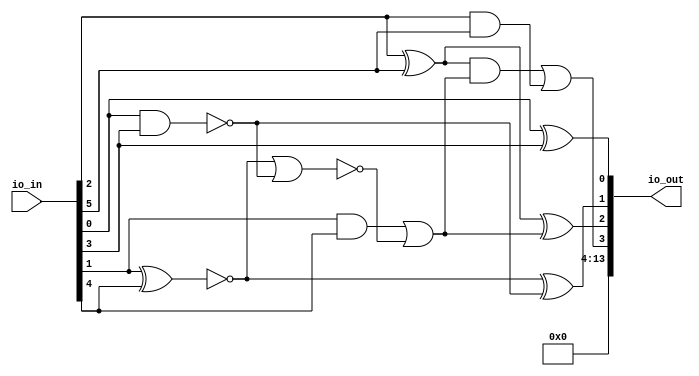
/* Generated by Yosys 0.25+83 (git sha1 755b753e1, aarch64-apple-darwin20.2-clang 10.0.0-4ubuntu1 -fPIC -Os) */

/* top =  1  */
/* src = "d33_mgee3_adder/src/wrapper.v:2.9-12.18" */
module d33_mgee3_adder(io_in, io_out);
  wire _00_;
  wire _01_;
  wire _02_;
  wire _03_;
  wire _04_;
  wire _05_;
  wire _06_;
  wire _07_;
  /* src = "d33_mgee3_adder/src/wrapper.v:3.26-3.31" */
  input [13:0] io_in;
  wire [13:0] io_in;
  /* src = "d33_mgee3_adder/src/wrapper.v:4.27-4.33" */
  output [13:0] io_out;
  wire [13:0] io_out;
  /* hdlname = "mchip gate10 a" */
  /* src = "d33_mgee3_adder/src/wrapper.v:7.44-10.14|d33_mgee3_adder/src/cells.v:17.16-17.17|d33_mgee3_adder/src/wokwi.v:52.12-56.4" */
  wire \mchip.gate10.a ;
  /* hdlname = "mchip gate10 b" */
  /* src = "d33_mgee3_adder/src/wrapper.v:7.44-10.14|d33_mgee3_adder/src/cells.v:18.16-18.17|d33_mgee3_adder/src/wokwi.v:52.12-56.4" */
  wire \mchip.gate10.b ;
  /* hdlname = "mchip gate12 a" */
  /* src = "d33_mgee3_adder/src/wrapper.v:7.44-10.14|d33_mgee3_adder/src/cells.v:35.16-35.17|d33_mgee3_adder/src/wokwi.v:62.12-66.4" */
  wire \mchip.gate12.a ;
  /* hdlname = "mchip gate12 b" */
  /* src = "d33_mgee3_adder/src/wrapper.v:7.44-10.14|d33_mgee3_adder/src/cells.v:36.16-36.17|d33_mgee3_adder/src/wokwi.v:62.12-66.4" */
  wire \mchip.gate12.b ;
  /* hdlname = "mchip gate13 out" */
  /* src = "d33_mgee3_adder/src/wrapper.v:7.44-10.14|d33_mgee3_adder/src/cells.v:37.17-37.20|d33_mgee3_adder/src/wokwi.v:67.12-71.4" */
  wire \mchip.gate13.out ;
  /* hdlname = "mchip gate15 a" */
  /* src = "d33_mgee3_adder/src/wrapper.v:7.44-10.14|d33_mgee3_adder/src/cells.v:17.16-17.17|d33_mgee3_adder/src/wokwi.v:77.12-81.4" */
  wire \mchip.gate15.a ;
  /* hdlname = "mchip gate15 b" */
  /* src = "d33_mgee3_adder/src/wrapper.v:7.44-10.14|d33_mgee3_adder/src/cells.v:18.16-18.17|d33_mgee3_adder/src/wokwi.v:77.12-81.4" */
  wire \mchip.gate15.b ;
  /* hdlname = "mchip gate16 out" */
  /* src = "d33_mgee3_adder/src/wrapper.v:7.44-10.14|d33_mgee3_adder/src/cells.v:28.17-28.20|d33_mgee3_adder/src/wokwi.v:82.11-86.4" */
  wire \mchip.gate16.out ;
  /* hdlname = "mchip gate17 a" */
  /* src = "d33_mgee3_adder/src/wrapper.v:7.44-10.14|d33_mgee3_adder/src/cells.v:17.16-17.17|d33_mgee3_adder/src/wokwi.v:87.12-91.4" */
  wire \mchip.gate17.a ;
  /* hdlname = "mchip gate17 b" */
  /* src = "d33_mgee3_adder/src/wrapper.v:7.44-10.14|d33_mgee3_adder/src/cells.v:18.16-18.17|d33_mgee3_adder/src/wokwi.v:87.12-91.4" */
  wire \mchip.gate17.b ;
  /* hdlname = "mchip gate18 a" */
  /* src = "d33_mgee3_adder/src/wrapper.v:7.44-10.14|d33_mgee3_adder/src/cells.v:35.16-35.17|d33_mgee3_adder/src/wokwi.v:92.12-96.4" */
  wire \mchip.gate18.a ;
  /* hdlname = "mchip gate18 b" */
  /* src = "d33_mgee3_adder/src/wrapper.v:7.44-10.14|d33_mgee3_adder/src/cells.v:36.16-36.17|d33_mgee3_adder/src/wokwi.v:92.12-96.4" */
  wire \mchip.gate18.b ;
  /* hdlname = "mchip gate18 out" */
  /* src = "d33_mgee3_adder/src/wrapper.v:7.44-10.14|d33_mgee3_adder/src/cells.v:37.17-37.20|d33_mgee3_adder/src/wokwi.v:92.12-96.4" */
  wire \mchip.gate18.out ;
  /* hdlname = "mchip gate7 a" */
  /* src = "d33_mgee3_adder/src/wrapper.v:7.44-10.14|d33_mgee3_adder/src/cells.v:35.16-35.17|d33_mgee3_adder/src/wokwi.v:37.12-41.4" */
  wire \mchip.gate7.a ;
  /* hdlname = "mchip gate7 b" */
  /* src = "d33_mgee3_adder/src/wrapper.v:7.44-10.14|d33_mgee3_adder/src/cells.v:36.16-36.17|d33_mgee3_adder/src/wokwi.v:37.12-41.4" */
  wire \mchip.gate7.b ;
  /* hdlname = "mchip gate8 out" */
  /* src = "d33_mgee3_adder/src/wrapper.v:7.44-10.14|d33_mgee3_adder/src/cells.v:37.17-37.20|d33_mgee3_adder/src/wokwi.v:42.12-46.4" */
  wire \mchip.gate8.out ;
  /* hdlname = "mchip io_in" */
  /* src = "d33_mgee3_adder/src/wrapper.v:7.44-10.14|d33_mgee3_adder/src/wokwi.v:6.15-6.20" */
  /* unused_bits = "6 7" */
  wire [7:0] \mchip.io_in ;
  /* hdlname = "mchip io_out" */
  /* src = "d33_mgee3_adder/src/wrapper.v:7.44-10.14|d33_mgee3_adder/src/wokwi.v:7.16-7.22" */
  wire [7:0] \mchip.io_out ;
  /* hdlname = "mchip net1" */
  /* src = "d33_mgee3_adder/src/wrapper.v:7.44-10.14|d33_mgee3_adder/src/wokwi.v:9.8-9.12" */
  wire \mchip.net1 ;
  /* hdlname = "mchip net10" */
  /* src = "d33_mgee3_adder/src/wrapper.v:7.44-10.14|d33_mgee3_adder/src/wokwi.v:18.8-18.13" */
  wire \mchip.net10 ;
  /* hdlname = "mchip net11" */
  /* src = "d33_mgee3_adder/src/wrapper.v:7.44-10.14|d33_mgee3_adder/src/wokwi.v:19.8-19.13" */
  wire \mchip.net11 ;
  /* hdlname = "mchip net12" */
  /* src = "d33_mgee3_adder/src/wrapper.v:7.44-10.14|d33_mgee3_adder/src/wokwi.v:20.8-20.13" */
  wire \mchip.net12 ;
  /* hdlname = "mchip net14" */
  /* src = "d33_mgee3_adder/src/wrapper.v:7.44-10.14|d33_mgee3_adder/src/wokwi.v:22.8-22.13" */
  wire \mchip.net14 ;
  /* hdlname = "mchip net2" */
  /* src = "d33_mgee3_adder/src/wrapper.v:7.44-10.14|d33_mgee3_adder/src/wokwi.v:10.8-10.12" */
  wire \mchip.net2 ;
  /* hdlname = "mchip net22" */
  /* src = "d33_mgee3_adder/src/wrapper.v:7.44-10.14|d33_mgee3_adder/src/wokwi.v:30.8-30.13" */
  wire \mchip.net22 ;
  /* hdlname = "mchip net3" */
  /* src = "d33_mgee3_adder/src/wrapper.v:7.44-10.14|d33_mgee3_adder/src/wokwi.v:11.8-11.12" */
  wire \mchip.net3 ;
  /* hdlname = "mchip net4" */
  /* src = "d33_mgee3_adder/src/wrapper.v:7.44-10.14|d33_mgee3_adder/src/wokwi.v:12.8-12.12" */
  wire \mchip.net4 ;
  /* hdlname = "mchip net5" */
  /* src = "d33_mgee3_adder/src/wrapper.v:7.44-10.14|d33_mgee3_adder/src/wokwi.v:13.8-13.12" */
  wire \mchip.net5 ;
  /* hdlname = "mchip net6" */
  /* src = "d33_mgee3_adder/src/wrapper.v:7.44-10.14|d33_mgee3_adder/src/wokwi.v:14.8-14.12" */
  wire \mchip.net6 ;
  /* hdlname = "mchip net7" */
  /* src = "d33_mgee3_adder/src/wrapper.v:7.44-10.14|d33_mgee3_adder/src/wokwi.v:15.8-15.12" */
  wire \mchip.net7 ;
  /* hdlname = "mchip net8" */
  /* src = "d33_mgee3_adder/src/wrapper.v:7.44-10.14|d33_mgee3_adder/src/wokwi.v:16.8-16.12" */
  wire \mchip.net8 ;
  /* hdlname = "mchip net9" */
  /* src = "d33_mgee3_adder/src/wrapper.v:7.44-10.14|d33_mgee3_adder/src/wokwi.v:17.8-17.12" */
  wire \mchip.net9 ;
  assign \mchip.gate18.out  = io_in[0] ^ io_in[3];
  assign _00_ = io_in[2] & io_in[5];
  assign _01_ = ~(io_in[0] & io_in[3]);
  assign _02_ = ~(io_in[1] ^ io_in[4]);
  assign _03_ = ~(_02_ | _01_);
  assign _04_ = io_in[1] & io_in[4];
  assign _05_ = _04_ | _03_;
  assign _06_ = io_in[2] ^ io_in[5];
  assign _07_ = _06_ & _05_;
  assign \mchip.gate16.out  = _07_ | _00_;
  assign \mchip.gate13.out  = _06_ ^ _05_;
  assign \mchip.gate8.out  = _02_ ^ _01_;
  assign io_out = { 10'h000, \mchip.gate16.out , \mchip.gate13.out , \mchip.gate8.out , \mchip.gate18.out  };
  assign \mchip.gate10.a  = io_in[1];
  assign \mchip.gate10.b  = io_in[4];
  assign \mchip.gate12.a  = io_in[2];
  assign \mchip.gate12.b  = io_in[5];
  assign \mchip.gate15.a  = io_in[2];
  assign \mchip.gate15.b  = io_in[5];
  assign \mchip.gate17.a  = io_in[0];
  assign \mchip.gate17.b  = io_in[3];
  assign \mchip.gate18.a  = io_in[0];
  assign \mchip.gate18.b  = io_in[3];
  assign \mchip.gate7.a  = io_in[1];
  assign \mchip.gate7.b  = io_in[4];
  assign \mchip.io_in  = io_in[7:0];
  assign \mchip.io_out  = { 4'h0, \mchip.gate16.out , \mchip.gate13.out , \mchip.gate8.out , \mchip.gate18.out  };
  assign \mchip.net1  = \mchip.gate18.out ;
  assign \mchip.net10  = io_in[5];
  assign \mchip.net11  = 1'h0;
  assign \mchip.net12  = 1'h1;
  assign \mchip.net14  = 1'h0;
  assign \mchip.net2  = \mchip.gate8.out ;
  assign \mchip.net22  = 1'h0;
  assign \mchip.net3  = \mchip.gate13.out ;
  assign \mchip.net4  = \mchip.gate16.out ;
  assign \mchip.net5  = io_in[0];
  assign \mchip.net6  = io_in[1];
  assign \mchip.net7  = io_in[2];
  assign \mchip.net8  = io_in[3];
  assign \mchip.net9  = io_in[4];
endmodule